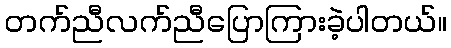
တက်ညီလက်ညီပြောကြားခဲ့ပါတယ်။